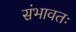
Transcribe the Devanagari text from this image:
संभावतः